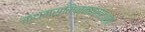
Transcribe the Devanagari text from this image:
कथमस्मिन्नवसरः॥१॥